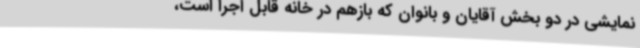
نمایشی در دو بخش آقایان و بانوان که بازهم در خانه قابل اجرا است،